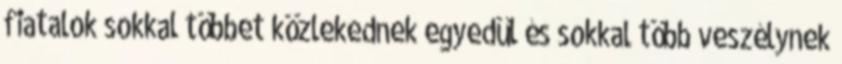
fiatalok sokkal többet közlekednek egyedül és sokkal több veszélynek